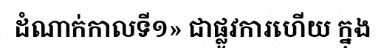
ដំណាក់កាលទី១» ជាផ្លូវការហើយ ក្នុង